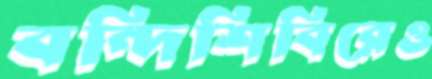
বন্দিশিবিরেও